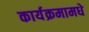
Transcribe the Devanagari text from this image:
कार्यक्रमामधे